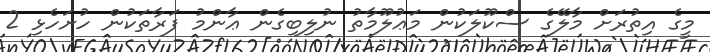
މީގެ އިތުރަށް މާލޭގެ ސްކޫލަކުން މަޢުލޫމާތު ނުލިބިގެން ޢާންމު ފަރާތަކުން ހުށަހެޅި 2